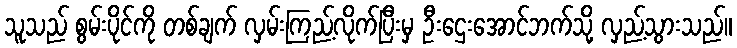
သူသည် စွမ်းပိုင်ကို တစ်ချက် လှမ်းကြည့်လိုက်ပြီးမှ ဦးဌေးအောင်ဘက်သို့ လှည့်သွားသည်။